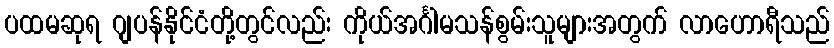
ပထမဆုရ ဂျပန်နိုင်ငံတို့တွင်လည်း ကိုယ်အင်္ဂါမသန်စွမ်းသူများအတွက် လာဟောရီသည်